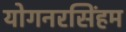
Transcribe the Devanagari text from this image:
योगनरसिंहम